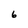
Character: 6